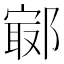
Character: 𨝢